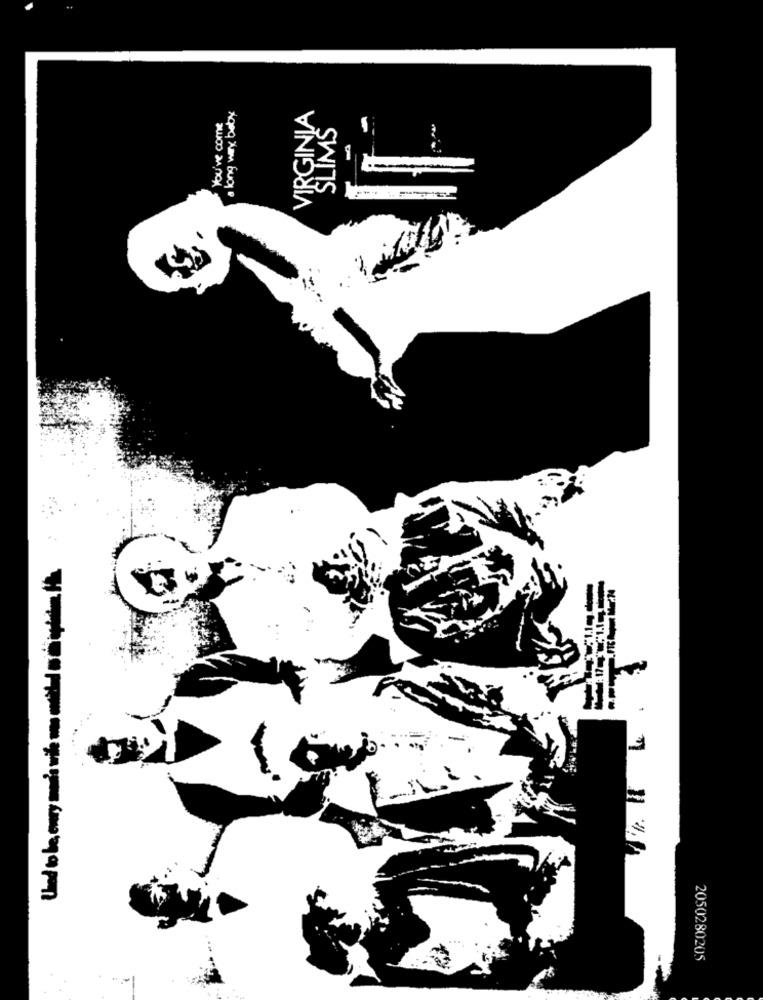
VIRGINIA
You've come
SLIMS
Und to be eury mais with ma
3
2050280205